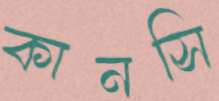
কানসি